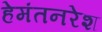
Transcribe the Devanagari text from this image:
हेमंतनरेश